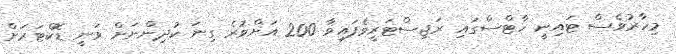
މިހާރުވެސް ޓައިނީ ހާޓްސްގައި ރަޖިސްޓަރީވެފައިވާ 200 އަށްވުރެ ގިނަ ކުދިންނަށް ވަނީ ޑޮކްޓަރަށް